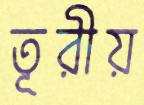
তূরীয়